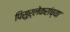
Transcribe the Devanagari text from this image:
पिसुर्लेकरांच्या